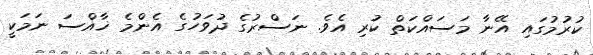
ކުރުމުގައި އޭނާ މަސައްކަތް ކުރި އެވެ. ނަސްރުގެ ދުވަހުގެ އެންމެ ޚާއްސަ ނަމަކީ